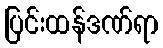
ပြင်းထန်ဒဏ်ရာ